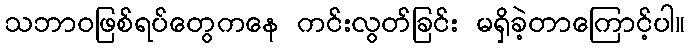
သဘာဝဖြစ်ရပ်တွေကနေ ကင်းလွတ်ခြင်း မရှိခဲ့တာကြောင့်ပါ။